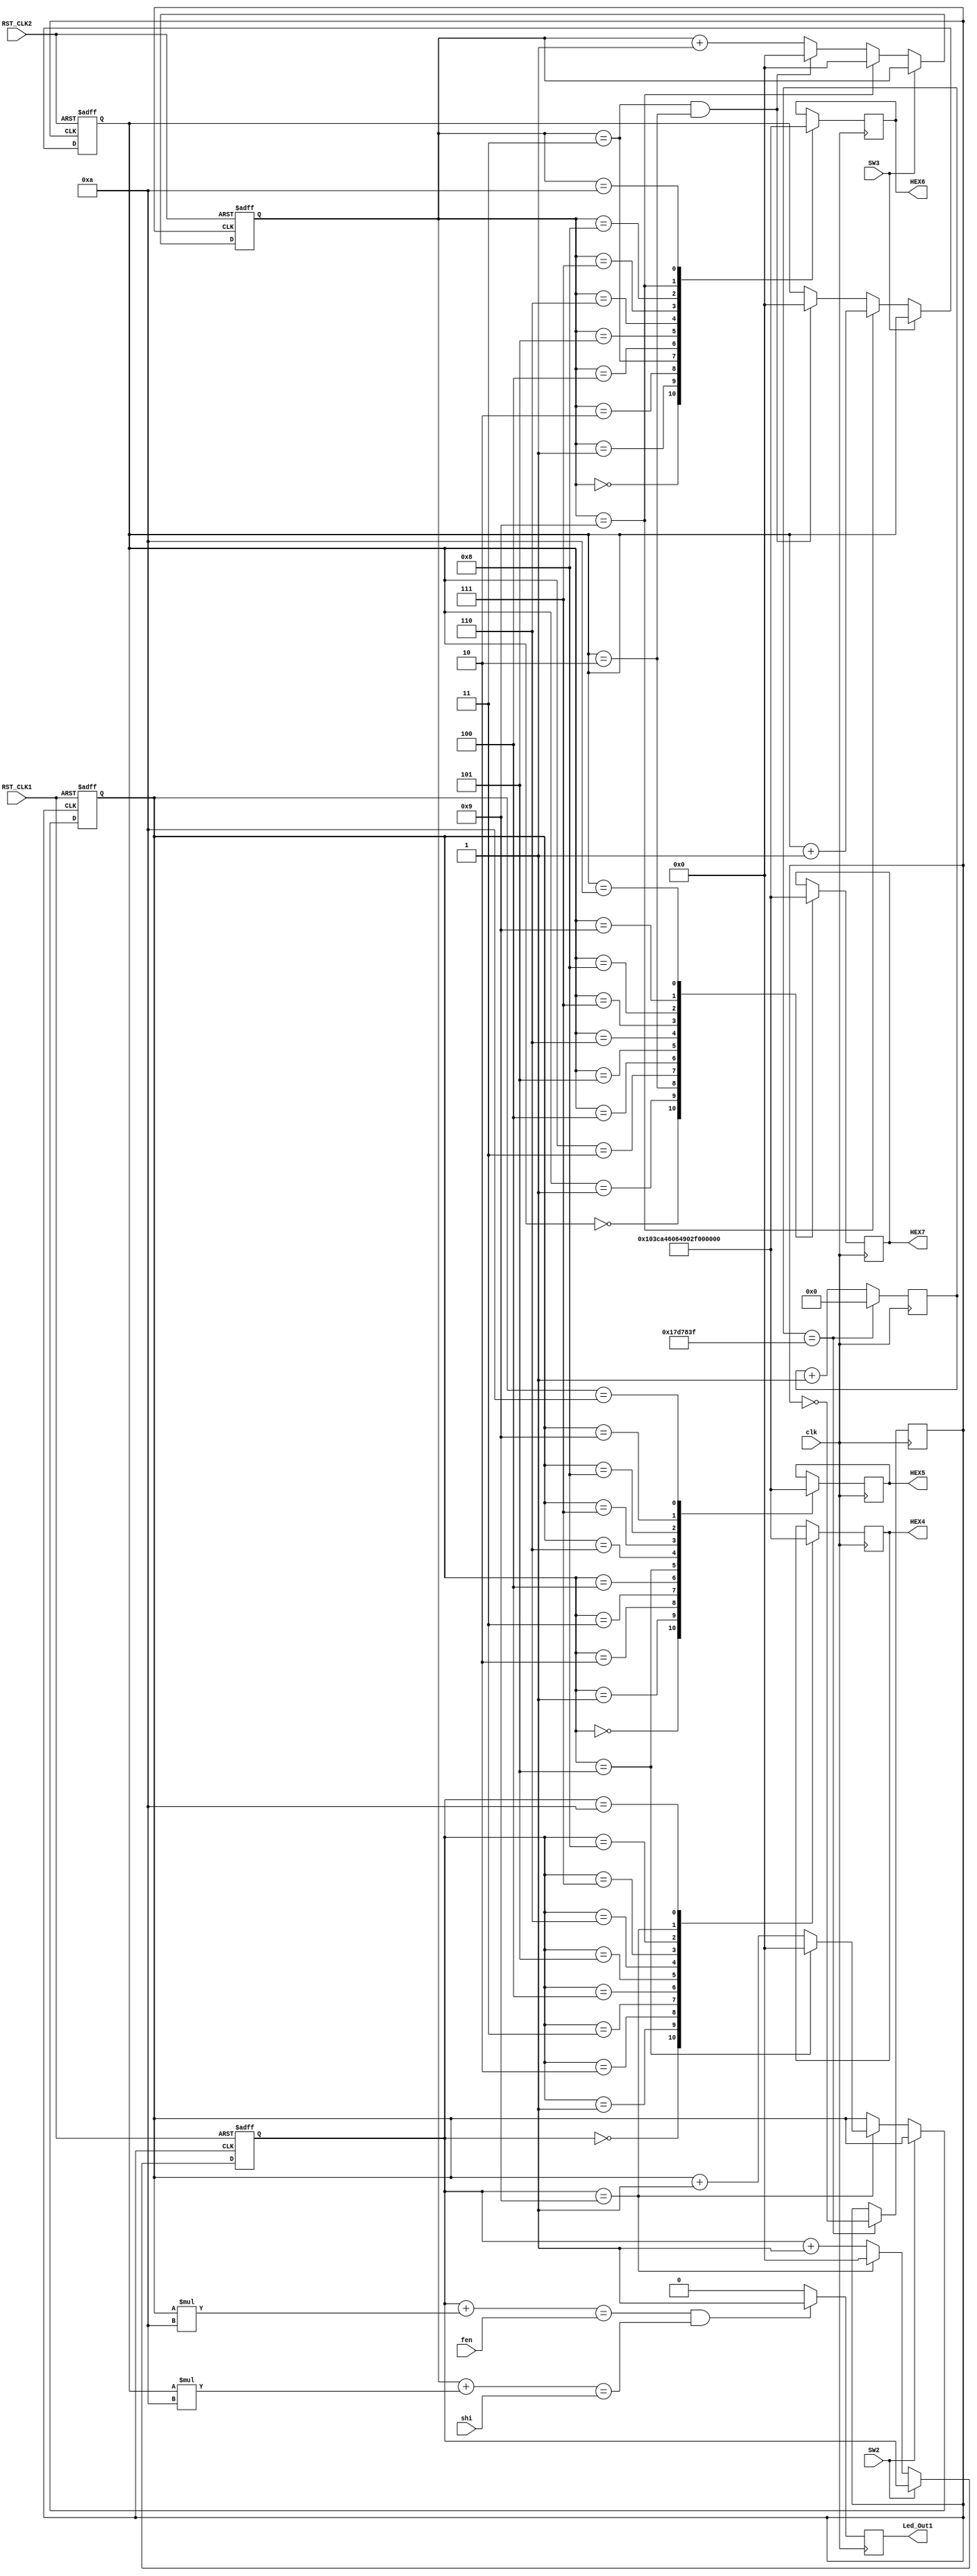
module alarm_module
(
clk,
shi,
fen, 
RST_CLK1,RST_CLK2,
SW2,SW3,
HEX4,HEX5,HEX6,HEX7,
Led_Out1,
);

input clk;
input RST_CLK1,RST_CLK2;
input SW2,SW3;
input shi,fen;
output [6:0] HEX4;
output [6:0] HEX5;
output [6:0] HEX6;
output [6:0] HEX7;
output Led_Out1;
reg [3:0] HourL = 4'd0;
reg [3:0] HourH = 4'd0;
reg [3:0] MinL = 4'd0;
reg [3:0] MinH = 4'd0;
reg  [6:0] HEX4;
reg  [6:0] HEX5;
reg  [6:0] HEX6;
reg  [6:0] HEX7;



//
 parameter     _0 = 7'b1000000, _1 = 7'b1111001, _2 = 7'b0100100,
			 	  _3 = 7'b0110000, _4 = 7'b0011001, _5 = 7'b0010010,
			 	  _6 = 7'b0000010, _7 = 7'b1111000, _8 = 7'b0000000,
				  _9 = 7'b0010000, _10 = 7'b1111111;


//				  
reg CLK_1HZ = 0;
reg [24:0]Count;
parameter T1HZ = 25'd25_000_000;


always @ (posedge clk)
    begin 
	   if(Count == T1HZ - 25'b1 )
		    begin
					Count <= 0;
					CLK_1HZ <= ~CLK_1HZ;
				end
			else
				Count <= Count + 1;
		end				  



//
	  
	always @ ( posedge CLK_1HZ  or negedge RST_CLK1 )
		begin
			if( !RST_CLK1 )
				begin 
					MinL <= 0;
					MinH <= 0;
				end
			else
				begin
                if( SW2 == 1 )
					   begin
							  MinL <= MinL;
					        MinH <= MinH;
						end
				    else
					 	begin 	  
							if( MinL == 'd9 )
								begin 
								MinL <= 0;			
								if( MinH == 'd5 )
										MinH <= 0;
								else
									MinH <= MinH + 1;
								end
							else
								MinL <= MinL + 1;
						end
				end
			
		end

		
			always @ ( posedge CLK_1HZ  or negedge RST_CLK2 )
		begin
			if( !RST_CLK2 )
				begin 
					HourL <= 0;
					HourH <= 0;
				end
			else
				begin
                if( SW3 == 1 )
					   begin
							  HourL <= HourL;
					        HourH <= HourH;
						end
				    else
					 	begin 	  
							if( HourL == 'd9 )
								begin
								HourL <= 0;			
								HourH <= HourH + 1;
								end
							else if(HourL == 'd3 && HourH == 'd2)
								begin
								HourL <= 0;
								HourH <= 0;
								end
							else
								HourL <= HourL + 1;
						end
				end
			
		end
			
		

//
		



wire [7:0] FEN;
wire [7:0] SHI;	
reg Led_Out1;	
assign FEN = MinL +MinH*10;
assign SHI = HourL +HourH*10;
always @ (posedge clk)
    begin 
	   if ( (FEN == fen) && (SHI == shi) )
		Led_Out1 <= 1;
		else  
		  Led_Out1 <= 0;
	 end
 
	 
		  

//	  
always @ (posedge clk)
    begin 
	 
      case(MinL)	 
						'd0:  HEX4 = _0;
						'd1:  HEX4 = _1;
						'd2:  HEX4 = _2;
						'd3:  HEX4 = _3;
						'd4:  HEX4 = _4;
						'd5:  HEX4 = _5;
						'd6:  HEX4 = _6;
						'd7:  HEX4 = _7;
						'd8:  HEX4 = _8;
						'd9:  HEX4 = _9;
						'd10:  HEX4 = _10;
      endcase	
		
      case(MinH)	 
						'd0:  HEX5 = _0;
						'd1:  HEX5 = _1;
						'd2:  HEX5 = _2;
						'd3:  HEX5 = _3;
						'd4:  HEX5 = _4;
						'd5:  HEX5 = _5;
						'd6:  HEX5 = _6;
						'd7:  HEX5 = _7;
						'd8:  HEX5 = _8;
						'd9:  HEX5 = _9;
						'd10:  HEX5 = _10;
      endcase	
		
      case(HourL)	 
						'd0:  HEX6 = _0;
						'd1:  HEX6 = _1;
						'd2:  HEX6 = _2;
						'd3:  HEX6 = _3;
						'd4:  HEX6 = _4;
						'd5:  HEX6 = _5;
						'd6:  HEX6 = _6;
						'd7:  HEX6 = _7;
						'd8:  HEX6 = _8;
						'd9:  HEX6 = _9;
						'd10:  HEX6 = _10;
      endcase			
		
      case(HourH)	 
						'd0:  HEX7 = _0;
						'd1:  HEX7 = _1;
						'd2:  HEX7 = _2;
						'd3:  HEX7 = _3;
						'd4:  HEX7 = _4;
						'd5:  HEX7 = _5;
						'd6:  HEX7 = _6;
						'd7:  HEX7 = _7;
						'd8:  HEX7 = _8;
						'd9:  HEX7 = _9;
						'd10:  HEX7 = _10;
      endcase			
		
	 end
endmodule